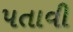
પતાવી